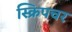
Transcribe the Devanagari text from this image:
स्क्रिपचर